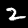
Digit: 2